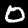
Digit: 0